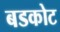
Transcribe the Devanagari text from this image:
बडकोट